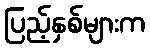
ပြည့်နှစ်များက